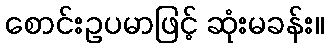
စောင်းဥပမာဖြင့် ဆုံးမခန်း။